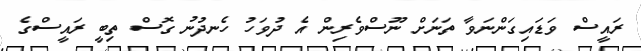
ރައީސް ވަޑައިގަންނަވާ ތަނަށް ނޫސްވެރިން އެ ދުވަހު ހެނދުނު ގޮސް ތިބީ ރައީސްގެ